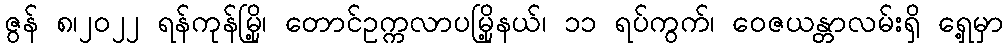
ဇွန် ၈၊၂၀၂၂ ရန်ကုန်မြို့၊ တောင်ဥက္ကလာပမြို့နယ်၊ ၁၁ ရပ်ကွက်၊ ဝေဇယန္တာလမ်းရှိ ရှေ့မှာ